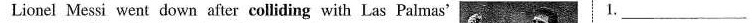
Lionel Messi went down after colliding with Las Palmas' 1.___